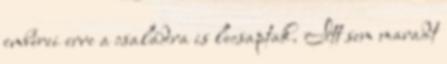
emberei erre a családra is lecsaptak. Itt sem maradt